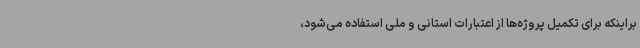
براینکه برای تکمیل پروژه‌ها از اعتبارات استانی و ملی استفاده می‌شود،